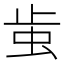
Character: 𧉘